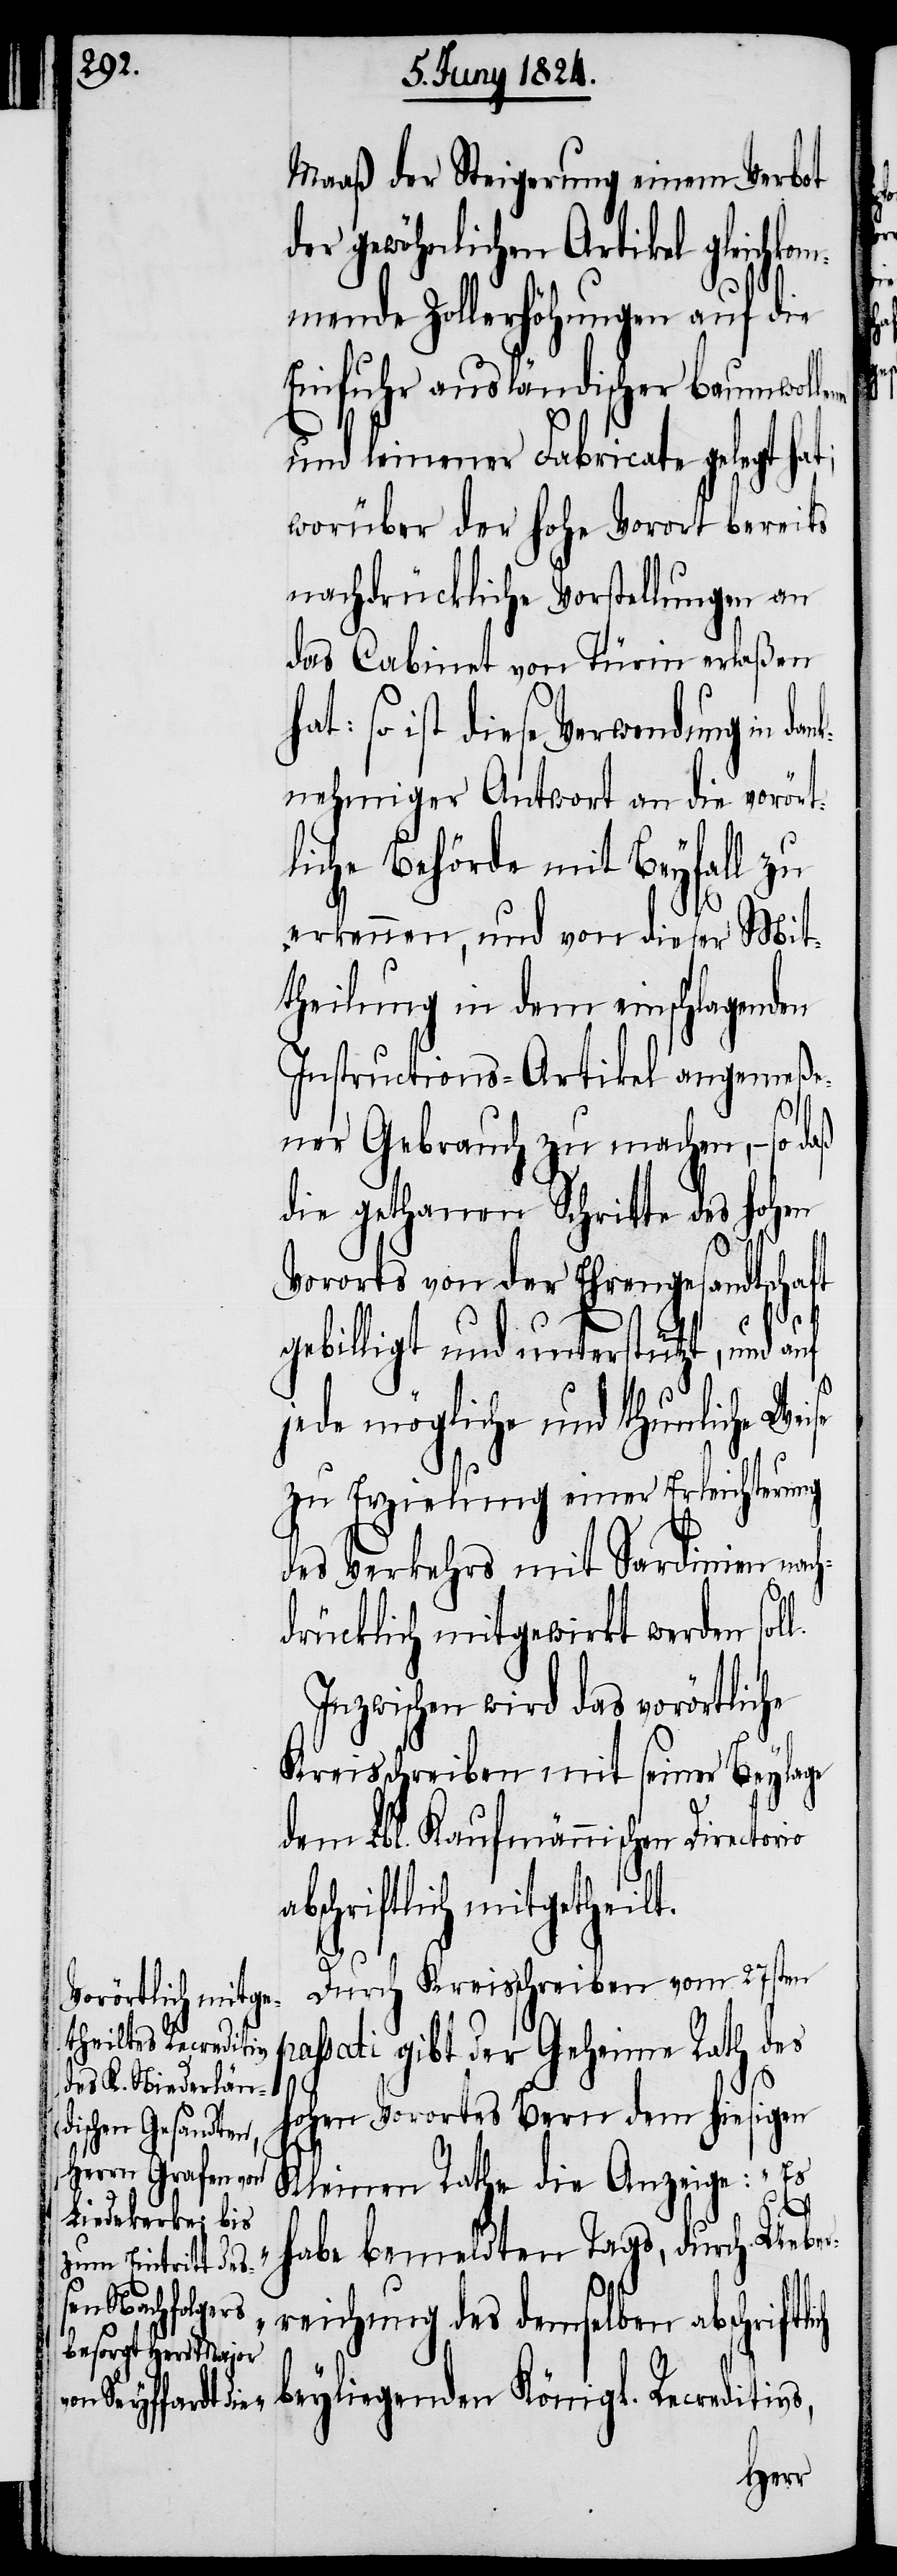
Maaß der Steigerung einem Verbot
gewöhnlichen Artikel gleichko¬
mmende Zollerhöhungen auf die
Einfuhr ausländischer baumwolle¬
und leinener Fabricate gelegt hat;
worüber der hohe Vorort bereits
nachdrückliche Vorstellungen an
das Cabinet von Türin erlaßen
at: so ist diese Verwendung in da¬
nknehmiger Antwort an die vorört¬
liche Behörde mit Beyfall zu
erkennen, und von dieser Mit¬
theilung in dem einschlagenden
Instructions-Artikel angemeße¬
s,
ner Gebrauch zu machen, – so daß
die gethanen Schritte des hohen
Vororts von der Ehrengesandtschaft
gebilligt und unterstützt, und auf
jede mögliche und thunliche Wei¬
zu Erzielung einer Erleichterung
des Verkehrs mit Sardinien nach¬
drücklich mitgewirkt werden sol¬
Inzwischen wird das vorörtliche
Kreisschreiben mit seiner Beylage
dem Lbl. Kaufmännischen Directorio
abschriftlich mitgetheilt.
p¬
Durch Kreisschreiben vom 27sten
assati gibt der Geheime Rath des
hohen Vorortes Bern dem hiesigen
Kleinen Rathe die Anzeige: „Es
habe bemeldten Tags, durch Ueber¬
reichung des demselben abschriftl¬
beyliegenden Königl. Recreditiv¬